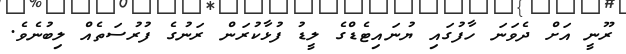
ރޫނީ އަށް ދެވަނަ ހާފުގައި ޔުނައިޓެޑްގެ ލީޑު ފުޅާކުރަން ރަނުގެ ފުރުސަތެއް ލިބުނެވެ.